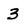
Character: 3